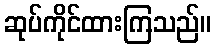
ဆုပ်ကိုင်ထားကြသည်။